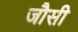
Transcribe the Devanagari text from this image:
जौसी